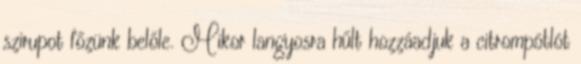
szirupot főzünk belőle. Mikor langyosra hűlt hozzáadjuk a citrompótlót